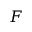
F